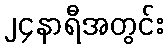
၂၄နာရီအတွင်း